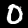
Label: 0